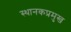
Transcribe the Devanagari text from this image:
स्थानकप्रमुख